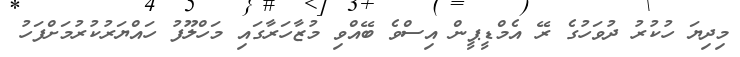
މިދިޔަ ހުކުރު ދުވަހުގެ ރޭ އެމްޑީޕީން އިސްވެ ބޭއްވި މުޒާހަރާގައި މަހްލޫފު ހައްޔަރުކުރުމަށްފަހު